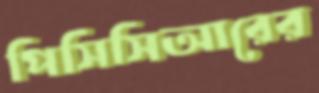
পিসিসিআরের